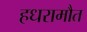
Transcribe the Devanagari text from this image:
हधरामौत